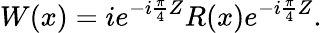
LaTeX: W(x)=ie^{-i\frac{\pi}{4}Z}R(x)e^{-i\frac{\pi}{4}Z}.